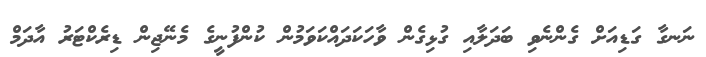
ނަނގާ ގަޑިއަށް ގެންނެވި ބަދަލާއި ގުޅިގެން ވާހަކަދައްކަވަމުން ކުންފުނީގެ މެނޭޖިން ޑިރެކްޓަރު އާދަމް